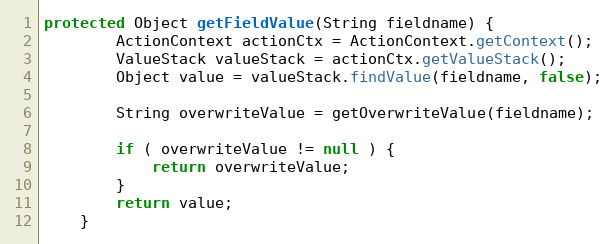
Language: Java
protected Object getFieldValue(String fieldname) {
		ActionContext actionCtx = ActionContext.getContext();
		ValueStack valueStack = actionCtx.getValueStack();
		Object value = valueStack.findValue(fieldname, false);

		String overwriteValue = getOverwriteValue(fieldname);

		if ( overwriteValue != null ) {
			return overwriteValue;
		}
		return value;
	}